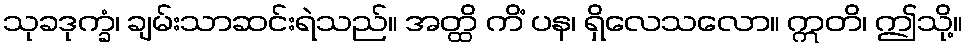
သုခဒုက္ခံ၊ ချမ်းသာဆင်းရဲသည်။ အတ္ထိ ကိံ ပန၊ ရှိလေသလော။ ဣတိ၊ ဤသို့။